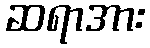
ဆရာအား